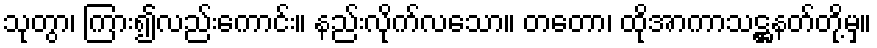
သုတွာ၊ ကြား၍လည်းကောင်း။ နည်းလိုက်လသော။ တတော၊ ထိုအာကာသဋ္ဌနတ်တို့မှ။